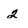
Character: 2